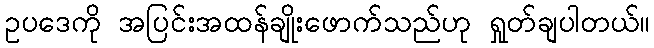
ဥပဒေကို အပြင်းအထန်ချိုးဖောက်သည်ဟု ရှုတ်ချပါတယ်။